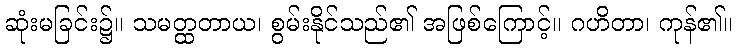
ဆုံးမခြင်း၌။ သမတ္ထတာယ၊ စွမ်းနိုင်သည်၏ အဖြစ်ကြောင့်။ ဂဟိတာ၊ ကုန်၏။